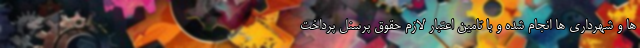
ها و شهرداری ها انجام شده و با تامین اعتبار لازم حقوق پرسنل پرداخت